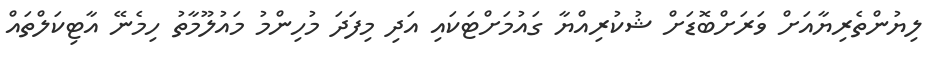
ލިޔުންތެރިޔާއަށް ވަރަށްބޮޑަށް ޝުކުރިއްޔާ ގައުމަށްޓަކައި އަދި މިފަދަ މުހިންމު މައުލޫމާތު ހިމެނޭ އާޓިކަލްތައް